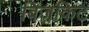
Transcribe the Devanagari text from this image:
बिजकिट